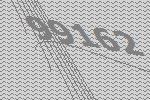
99162